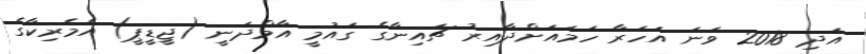
އަދި 2018 ވަަނަ އަހަރާ ހަމައަށްދާއިރު ޗައިނާގެ ގައުމީ އާމްދަނީ (ޖީޑީޕީ) އެމެރިކާގެ